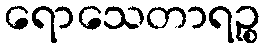
ရောသေတာရဉ္စ